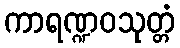
ကာရဏ္ဍဝသုတ္တံ